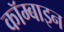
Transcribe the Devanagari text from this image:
कॉम्बाइन